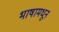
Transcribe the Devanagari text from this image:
भाषामधून